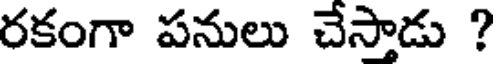
రకంగా పనులు చేస్తాడు ?